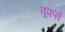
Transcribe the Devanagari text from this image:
वूफर्स